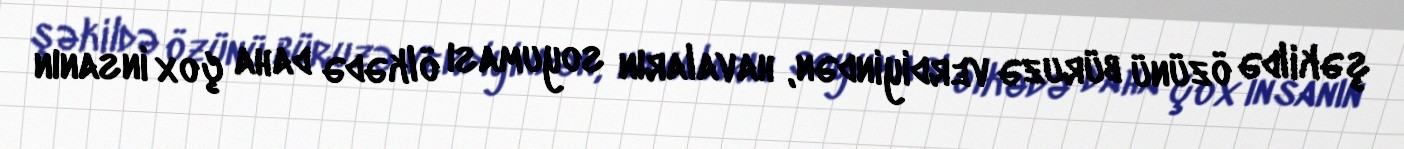
şəkildə özünü büruzə verdiyindən, havaların soyuması ölkədə daha çox insanın